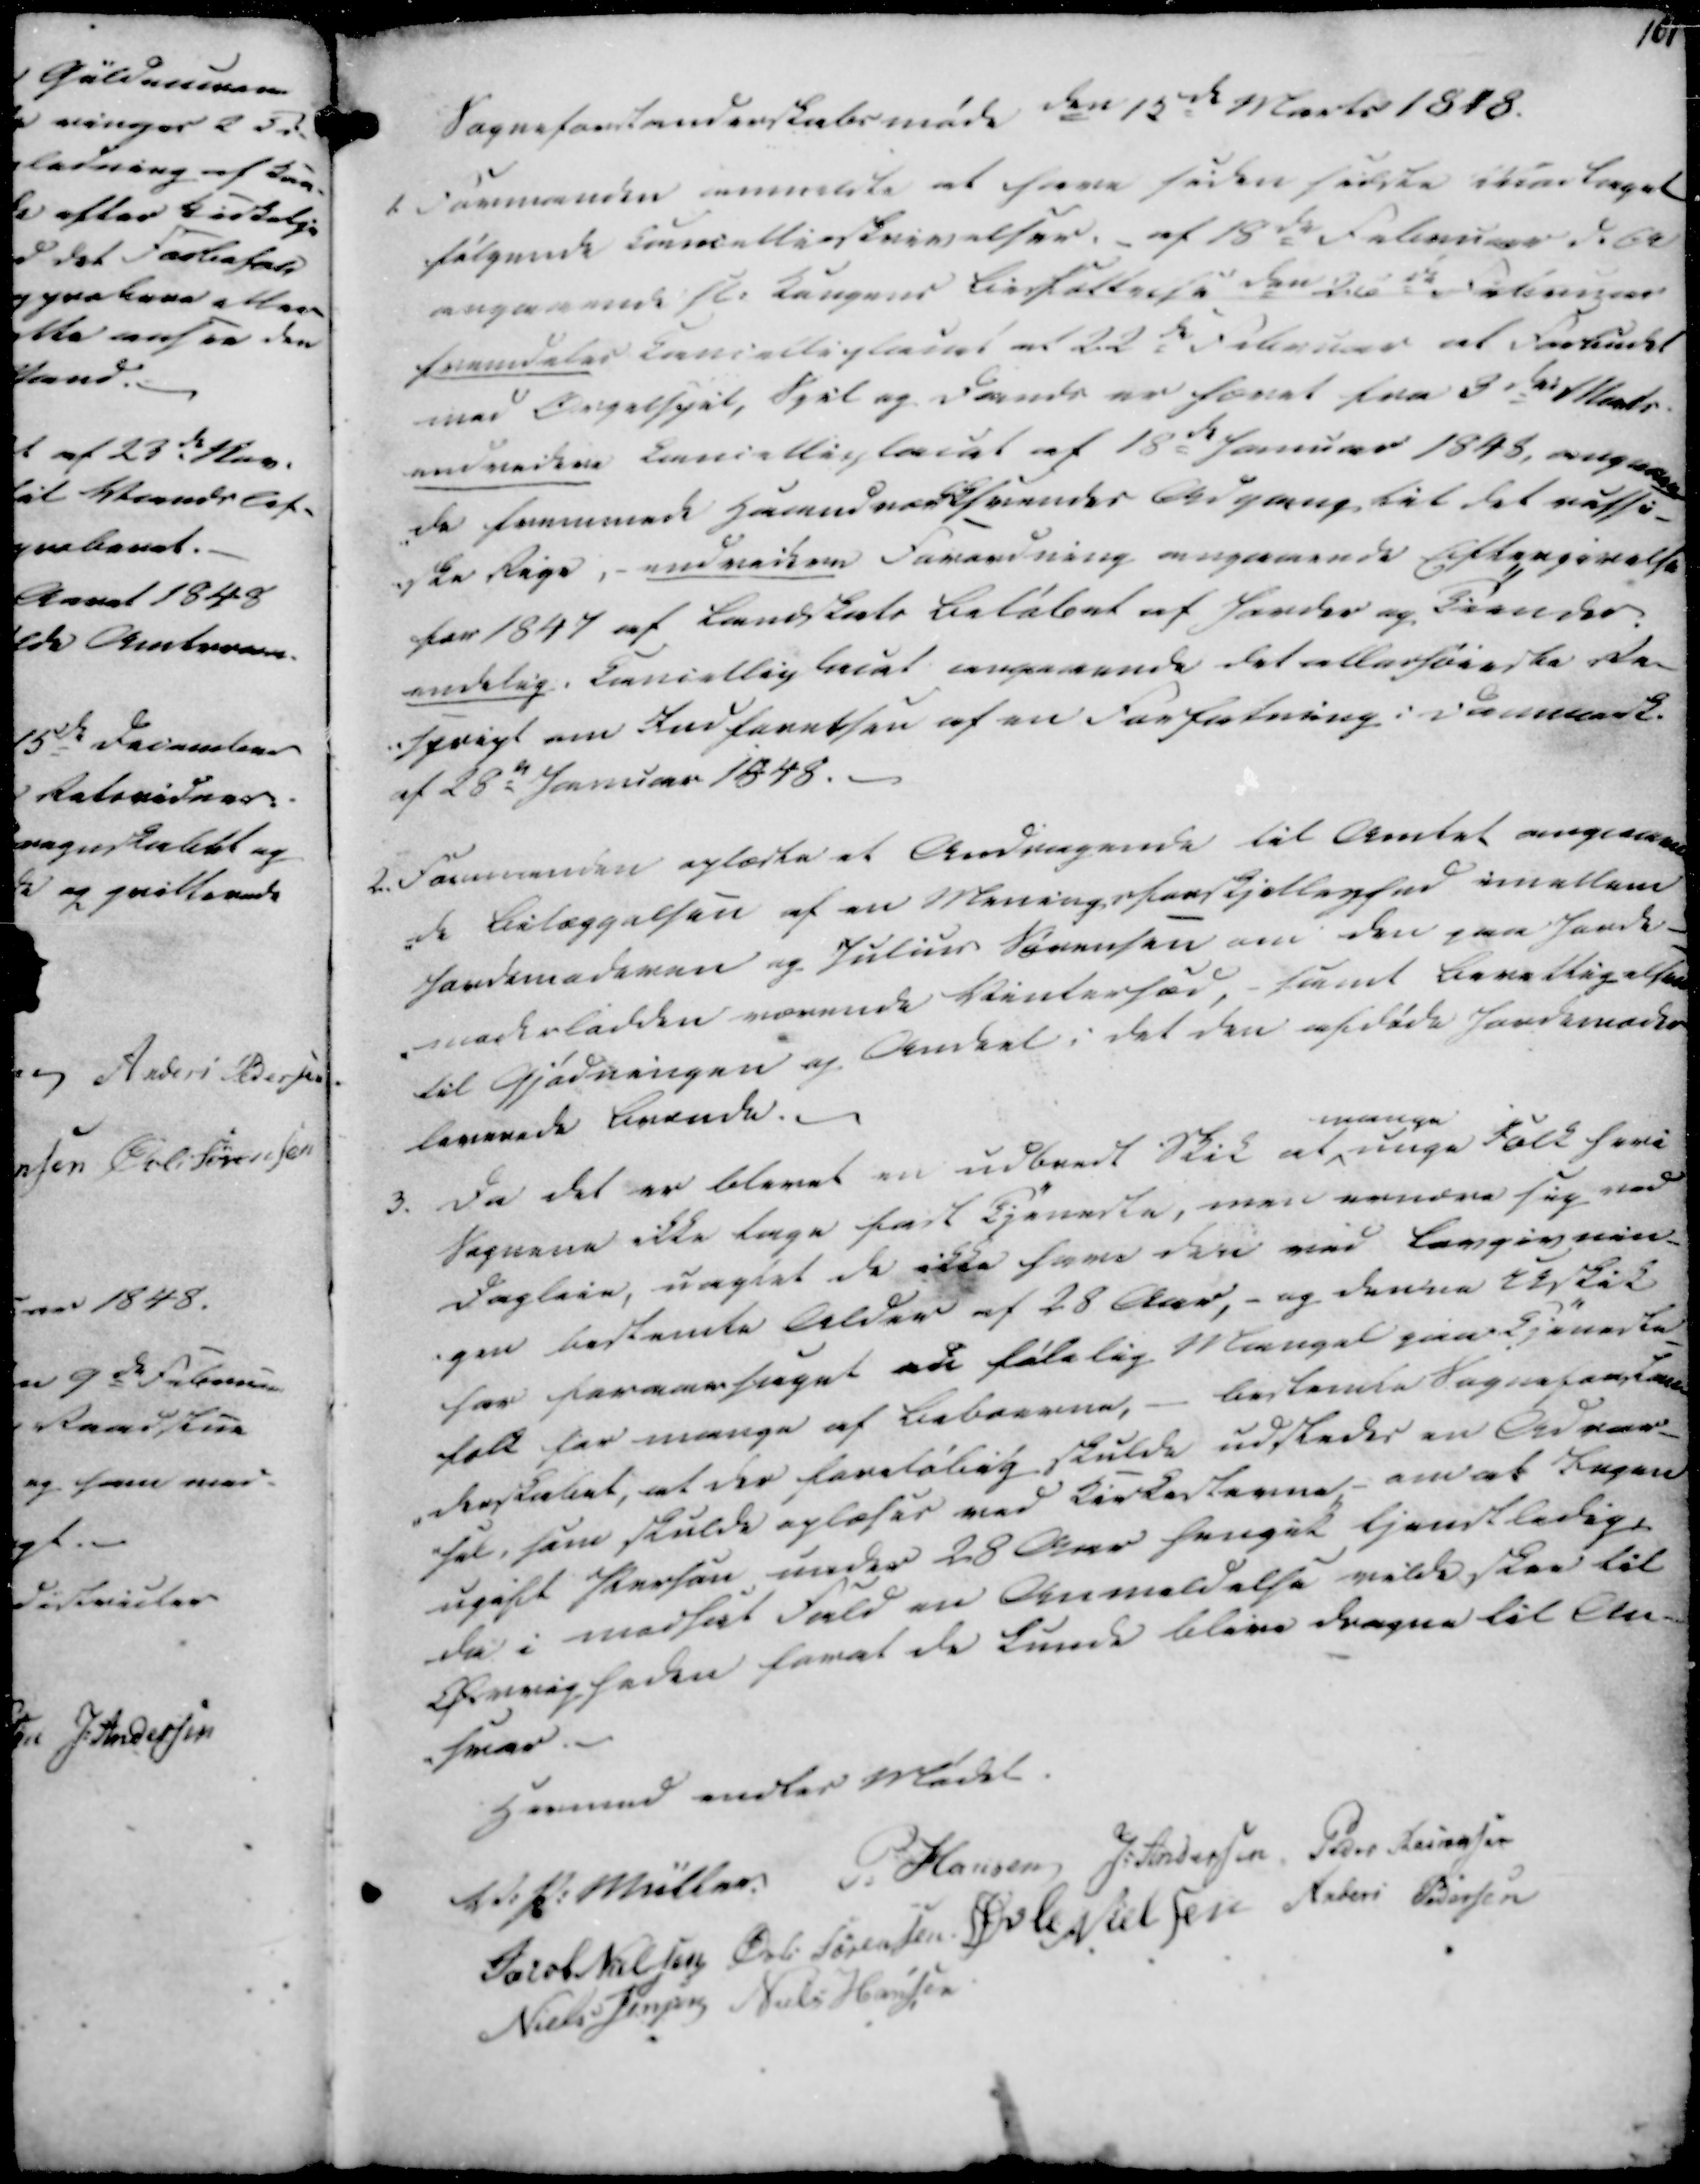
Transskription:
101

Sogneforstanderskabsmøde den 15de Marts 1848.
1. Formanden anmeldte at have siden sidste Modtaget
følgende Cancellieskrivelser. af 18de Februar d.A
angaaende fl. Kongens Bisættelse den 26de Februar
fremdeles cancelliplacat af 22de Februar at Forbudet
med Orgelspil, Spil og Dands er hævet fra 3de Marts
endvidere Cancelliplacat af 18de Januar 1848, angaaen-
-de fremmede Haandværksrendes Adgang til det rufsi-
ske Rige, - endvidere Forordning angaaende Eftergivelse
for 1847 af Landskats Beløbet af Jorder og Tiender.
endelig Cancelliplacat angaaende det allerhøieste de-
-sprigt om Indførelsen af en Forfatning i Danmark.
af 28de Januar 1848.

2 Formanden oplæste et Andragende til Amtet angaaen
-de Bilæggelsen af en Meningsforskjellighed imellem
Jordemoderen og Julius Sørensen om den paa Jorde-
-moderladden værende Vinterfød, samt Berettigelse
til Gjødningen og Andeel i det den afdøde Jordemoder
leverede Brænde.

3. Da det er blevet en udbredt Skik at
mange
unge Folk heri
Sognene ikke tage fast Tjeneste, men ernære sig ved
Dagleie, uagtet de ikke have den ved Lovgivnin-
-gen bestemte Alder af 28 Aar, - og denne Uskik
har foraarsaget en falelig Mangel paa Tjeneste
folk for mange af Beboerne, - bestemte Sogneforstan-
-derskabet, at der foreløbig skulde udstedes en Advar-
-sel, som skulde oplæses ved Kirkestevne om at Ingen
ugift Person under 28 Aar hengik tjenstledig,
da i modsat Fald en Anmeldelse vilde skee til
Øvrigheden forat de kunde blive dragne til An-
-svar.

Hermed endtes Mødet
V. P. Müller
P. Hansen
J. Andersen
Peder Rasmussen
Jacob Nielsen
Øvli Sørensen
Øvle Nielsen
Anders Pedersen
Niels Jensen
Niels Hansen